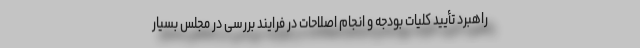
راهبرد تأیید کلیات بودجه و انجام اصلاحات در فرایند بررسی در مجلس بسیار